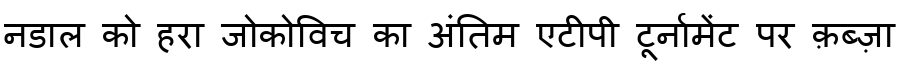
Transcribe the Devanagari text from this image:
नडाल को हरा जोकोविच का अंतिम एटीपी टूर्नामेंट पर क़ब्ज़ा